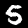
Digit: 5